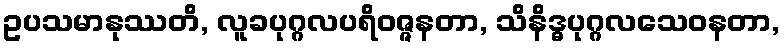
ဥပသမာနုဿတိ, လူခပုဂ္ဂလပရိဝဇ္ဇနတာ, သိနိဒ္ဓပုဂ္ဂလသေဝနတာ,